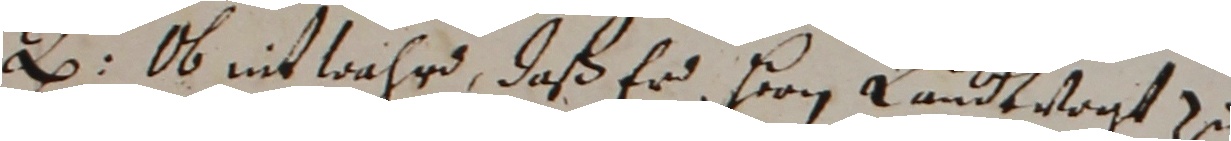
l ob nit wahrd, daß er hern landtvogt zu